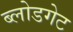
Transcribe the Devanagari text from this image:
ब्लोडगेट